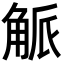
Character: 𮗯